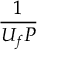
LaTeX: \frac { 1 } { U _ { f } P }